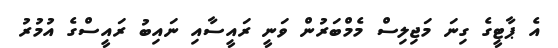
އެ ޕާޓީގެ ގިނަ މަޖިލިސް މެމްބަރުން ވަނީ ރައީސާއި ނައިބު ރައީސްގެ އުމުރު